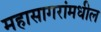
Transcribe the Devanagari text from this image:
महासागरांमधील